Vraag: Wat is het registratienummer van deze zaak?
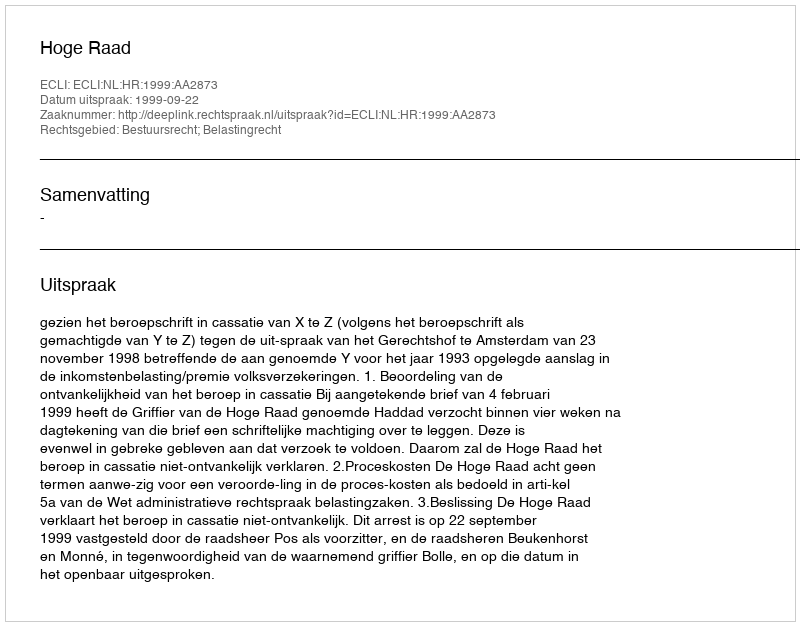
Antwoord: http://deeplink.rechtspraak.nl/uitspraak?id=ECLI:NL:HR:1999:AA2873